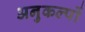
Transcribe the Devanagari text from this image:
अनुकल्पों